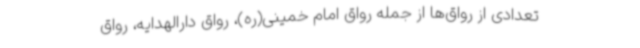
تعدادی از رواق‌ها از جمله رواق امام خمینی(ره)، رواق دارالهدایه، رواق